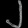
Digit: ၂